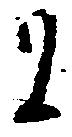
に